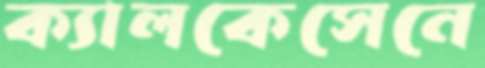
ক্যালকেসেনে